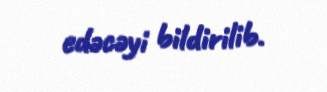
edəcəyi bildirilib.